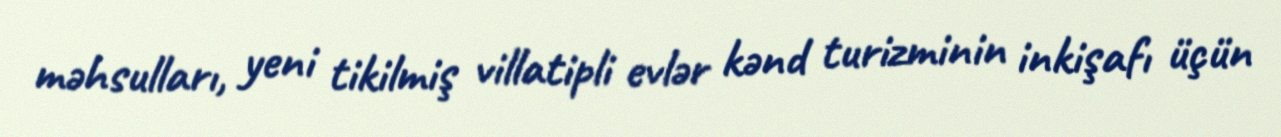
məhsulları, yeni tikilmiş villatipli evlər kənd turizminin inkişafı üçün